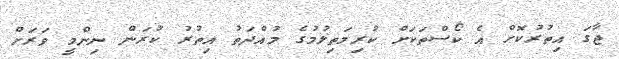
ޖާގަ އިތުރުކޮށް އެ ކޯސްތަކަށް ކުރިމަތިލުމުގެ މުއްދަތު އިތުރު ކުރަން ނިންމީ ވަރަށް